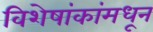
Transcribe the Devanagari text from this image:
विशेषांकांमधून